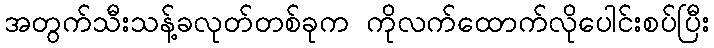
အတွက်သီးသန့်ခလုတ်တစ်ခုက ကိုလက်ထောက်လိုပေါင်းစပ်ပြီး